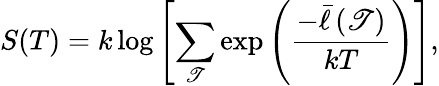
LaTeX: S(T)=k\log\left[\sum_{\mathscr{T}}\exp\left(\frac{{-\bar{{\ell}}\left(\mathscr{T}\right)}}{{kT}}\right)\right],